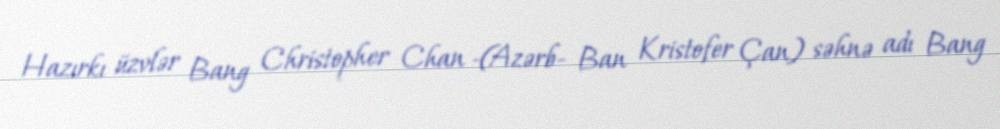
Hazırkı üzvlər Bang Christopher Chan -(Azərb- Ban Kristofer Çan) səhnə adı Bang